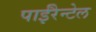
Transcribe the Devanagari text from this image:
पाईरैन्टेल